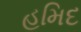
હમિદ